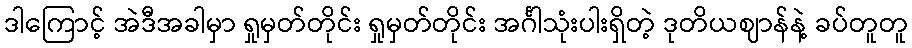
ဒါကြောင့် အဲဒီအခါမှာ ရှုမှတ်တိုင်း ရှုမှတ်တိုင်း အင်္ဂါသုံးပါးရှိတဲ့ ဒုတိယဈာန်နဲ့ ခပ်တူတူ